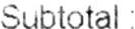
SUBTOTAL: